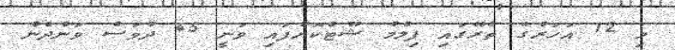
މި 12 އަހަރުގެ ތެރޭގައި ފިލްމު ޝޫޓްކޮށްފައި ވަނީ 45 ދުވަސް ވަންދެން